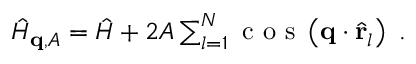
\begin{array} { r } { \hat { H } _ { \mathbf { q } , A } = \hat { H } + 2 A \sum _ { l = 1 } ^ { N } \textnormal { c o s } \left( \mathbf { q } \cdot \hat { \mathbf { r } } _ { l } \right) \ . } \end{array}